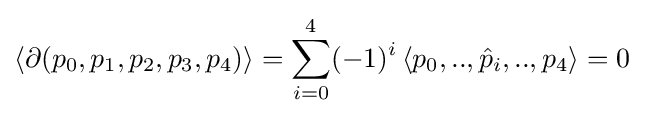
\left\langle \partial (p_{0},p_{1},p_{2},p_{3},p_{4})\right\rangle =\sum _{i=0}^{4}(-1)^{i}\left\langle p_{0},..,{\hat {p}}_{i},..,p_{4}\right\rangle =0\